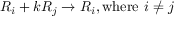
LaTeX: R _ { i } + k R _ { j } \rightarrow R _ { i } , { \mathrm { w h e r e ~ } } i \neq j